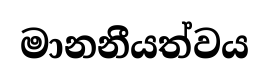
මානනීයත්වය